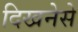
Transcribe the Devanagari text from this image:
दिखनेसे